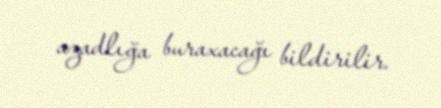
azadlığa buraxacağı bildirilir.